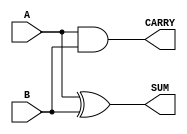
module Parameterized_Half_Adder #(
    parameter WIDTH = 1  // Parameter for bit-width, default is 1
)(
    input  [WIDTH-1:0] A,  // First input
    input  [WIDTH-1:0] B,  // Second input
    output [WIDTH-1:0] SUM, // Sum output
    output [WIDTH-1:0] CARRY // Carry output
);

    // Internal logic for half-adder
    assign SUM = A ^ B;      // SUM is the XOR of A and B
    assign CARRY = A & B;    // CARRY is the AND of A and B

endmodule